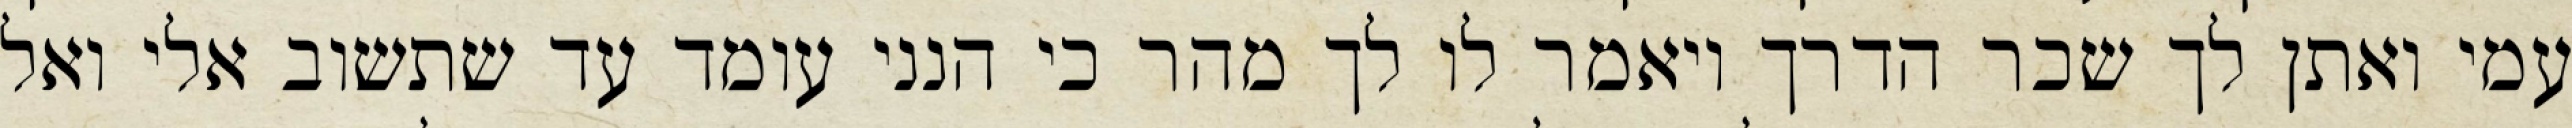
עמי ואתן לך שכר הדרך ויאמר לו לך מהר כי הנני עומד עד שתשוב אלי ואל